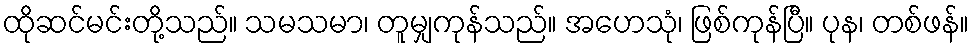
ထိုဆင်မင်းတို့သည်။ သမသမာ၊ တူမျှကုန်သည်။ အဟေသုံ၊ ဖြစ်ကုန်ပြီ။ ပုန၊ တစ်ဖန်။